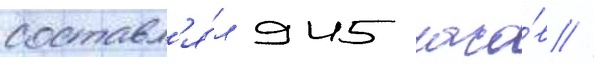
составл'я́л 945 часо́в //